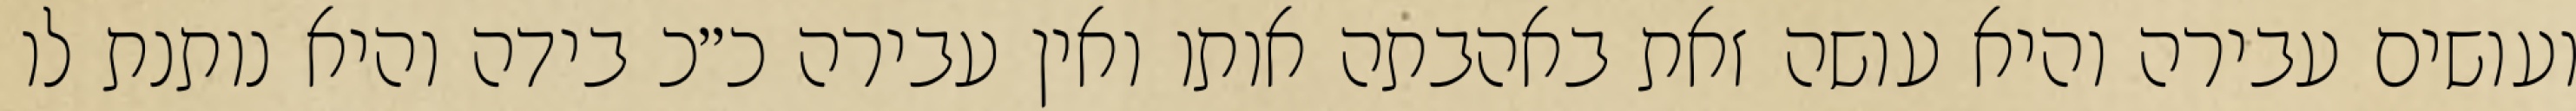
ועושים עבירה והיא עושה זאת באהבתה אותו ואין עבירה כ״כ בידה והיא נותנת לו